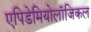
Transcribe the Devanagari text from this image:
एपिडेमियोलॉजिकल